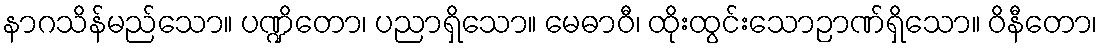
နာဂသိန်မည်သော။ ပဏ္ဍိတော၊ ပညာရှိသော။ မေဓာဝီ၊ ထိုးထွင်းသောဉာဏ်ရှိသော။ ဝိနီတော၊